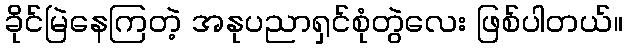
ခိုင်မြဲနေကြတဲ့ အနုပညာရှင်စုံတွဲလေး ဖြစ်ပါတယ်။